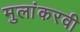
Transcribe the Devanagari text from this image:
मुलांकरवी